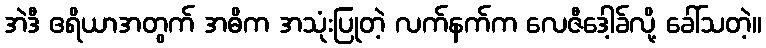
အဲဒီ ဧရိယာအတွက် အဓိက အသုံးပြုတဲ့ လက်နက်က လေဇီဒေါ့ခ်လို့ ခေါ်သတဲ့။